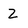
Character: 2